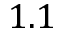
1 . 1